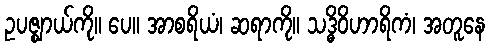
ဥပဇ္ဈာယ်ကို။ ပေ။ အာစရိယံ၊ ဆရာကို။ သဒ္ဓိဝိဟာရိကံ၊ အတူနေ